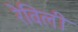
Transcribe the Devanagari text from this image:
रेविली